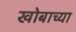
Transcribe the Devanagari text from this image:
खोबाच्या